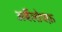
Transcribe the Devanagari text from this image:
अर्बेलोफ्फ़